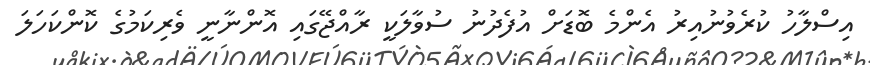
އިސްލާހު ކުރެވުނުއިރު އެންމެ ބޮޑަށް އުފެދުނު ސުވާލަކީ ރާއްޖޭގައި އޮންނާނީ ވެރިކަމުގެ ކޮންކަހަލަ